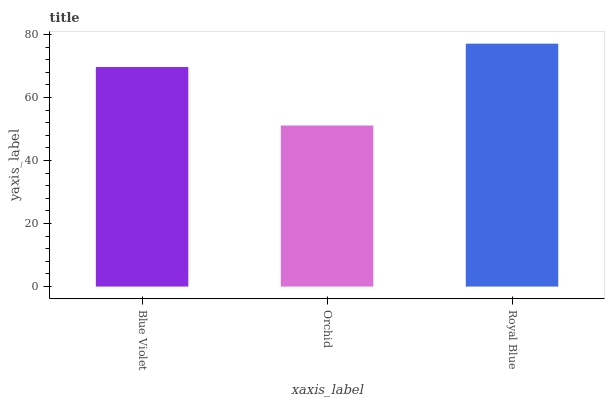
| xaxis_label | bars |
 | --- | --- |
 | Blue Violet | 69.7 |
 | Orchid | 51.1 |
 | Royal Blue | 77.1 |